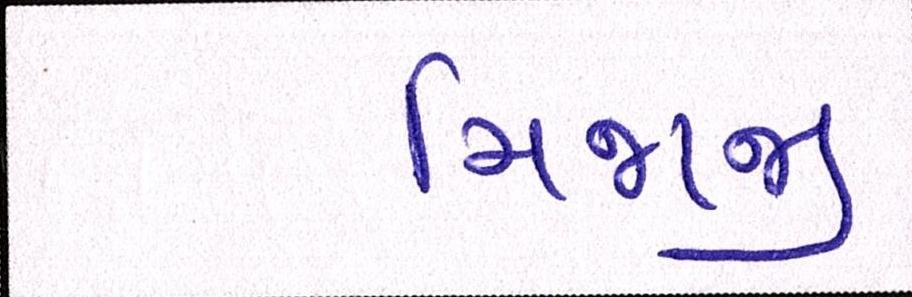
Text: મિજાજી